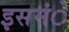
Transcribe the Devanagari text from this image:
इसमंे